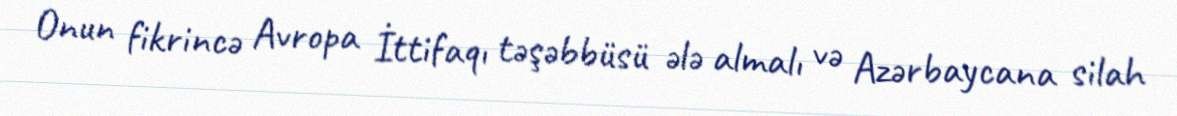
Onun fikrincə Avropa İttifaqı təşəbbüsü ələ almalı və Azərbaycana silah